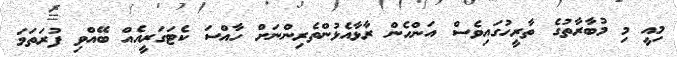
މިއީ މި މުބާރާތުގެ ތާރީހުގައިވެސް އަންހެން ރާޅާއެޅުންތެރިންނަށް ހާއްސަ ކެޓަގަރީއެއް ބޭއްވި ފުރަތަމަ